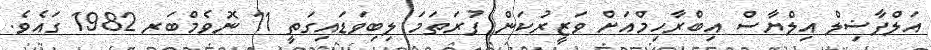
އަލްފާޟިލް އިލްޔާސް އިބްރާހިމްއަށް ވަޒީރުކަން ފުރަތަމަ ލިބިވަޑައިގަތީ 11 ނޮވެމްބަރ 1982 ގައެވެ.